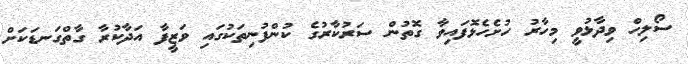
ސޯލިހް ވިދާޅުވީ މިހާރު ހުށެހެޅޮފައިވާ ގޮތުން ސަރުކާރުގެ ކުންފުނިތަކުގައި ވަޒީފާ އަދާކުރާ ގާތްގަނޑަކަށް